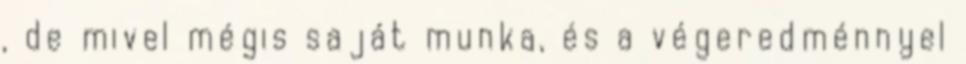
, de mivel mégis saját munka, és a végeredménnyel